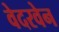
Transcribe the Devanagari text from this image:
वेदरवेन